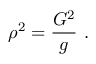
\rho ^ { 2 } = \frac { { \cal G } ^ { 2 } } { g } \ .